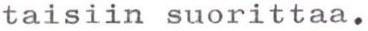
taisiin suorittaa.